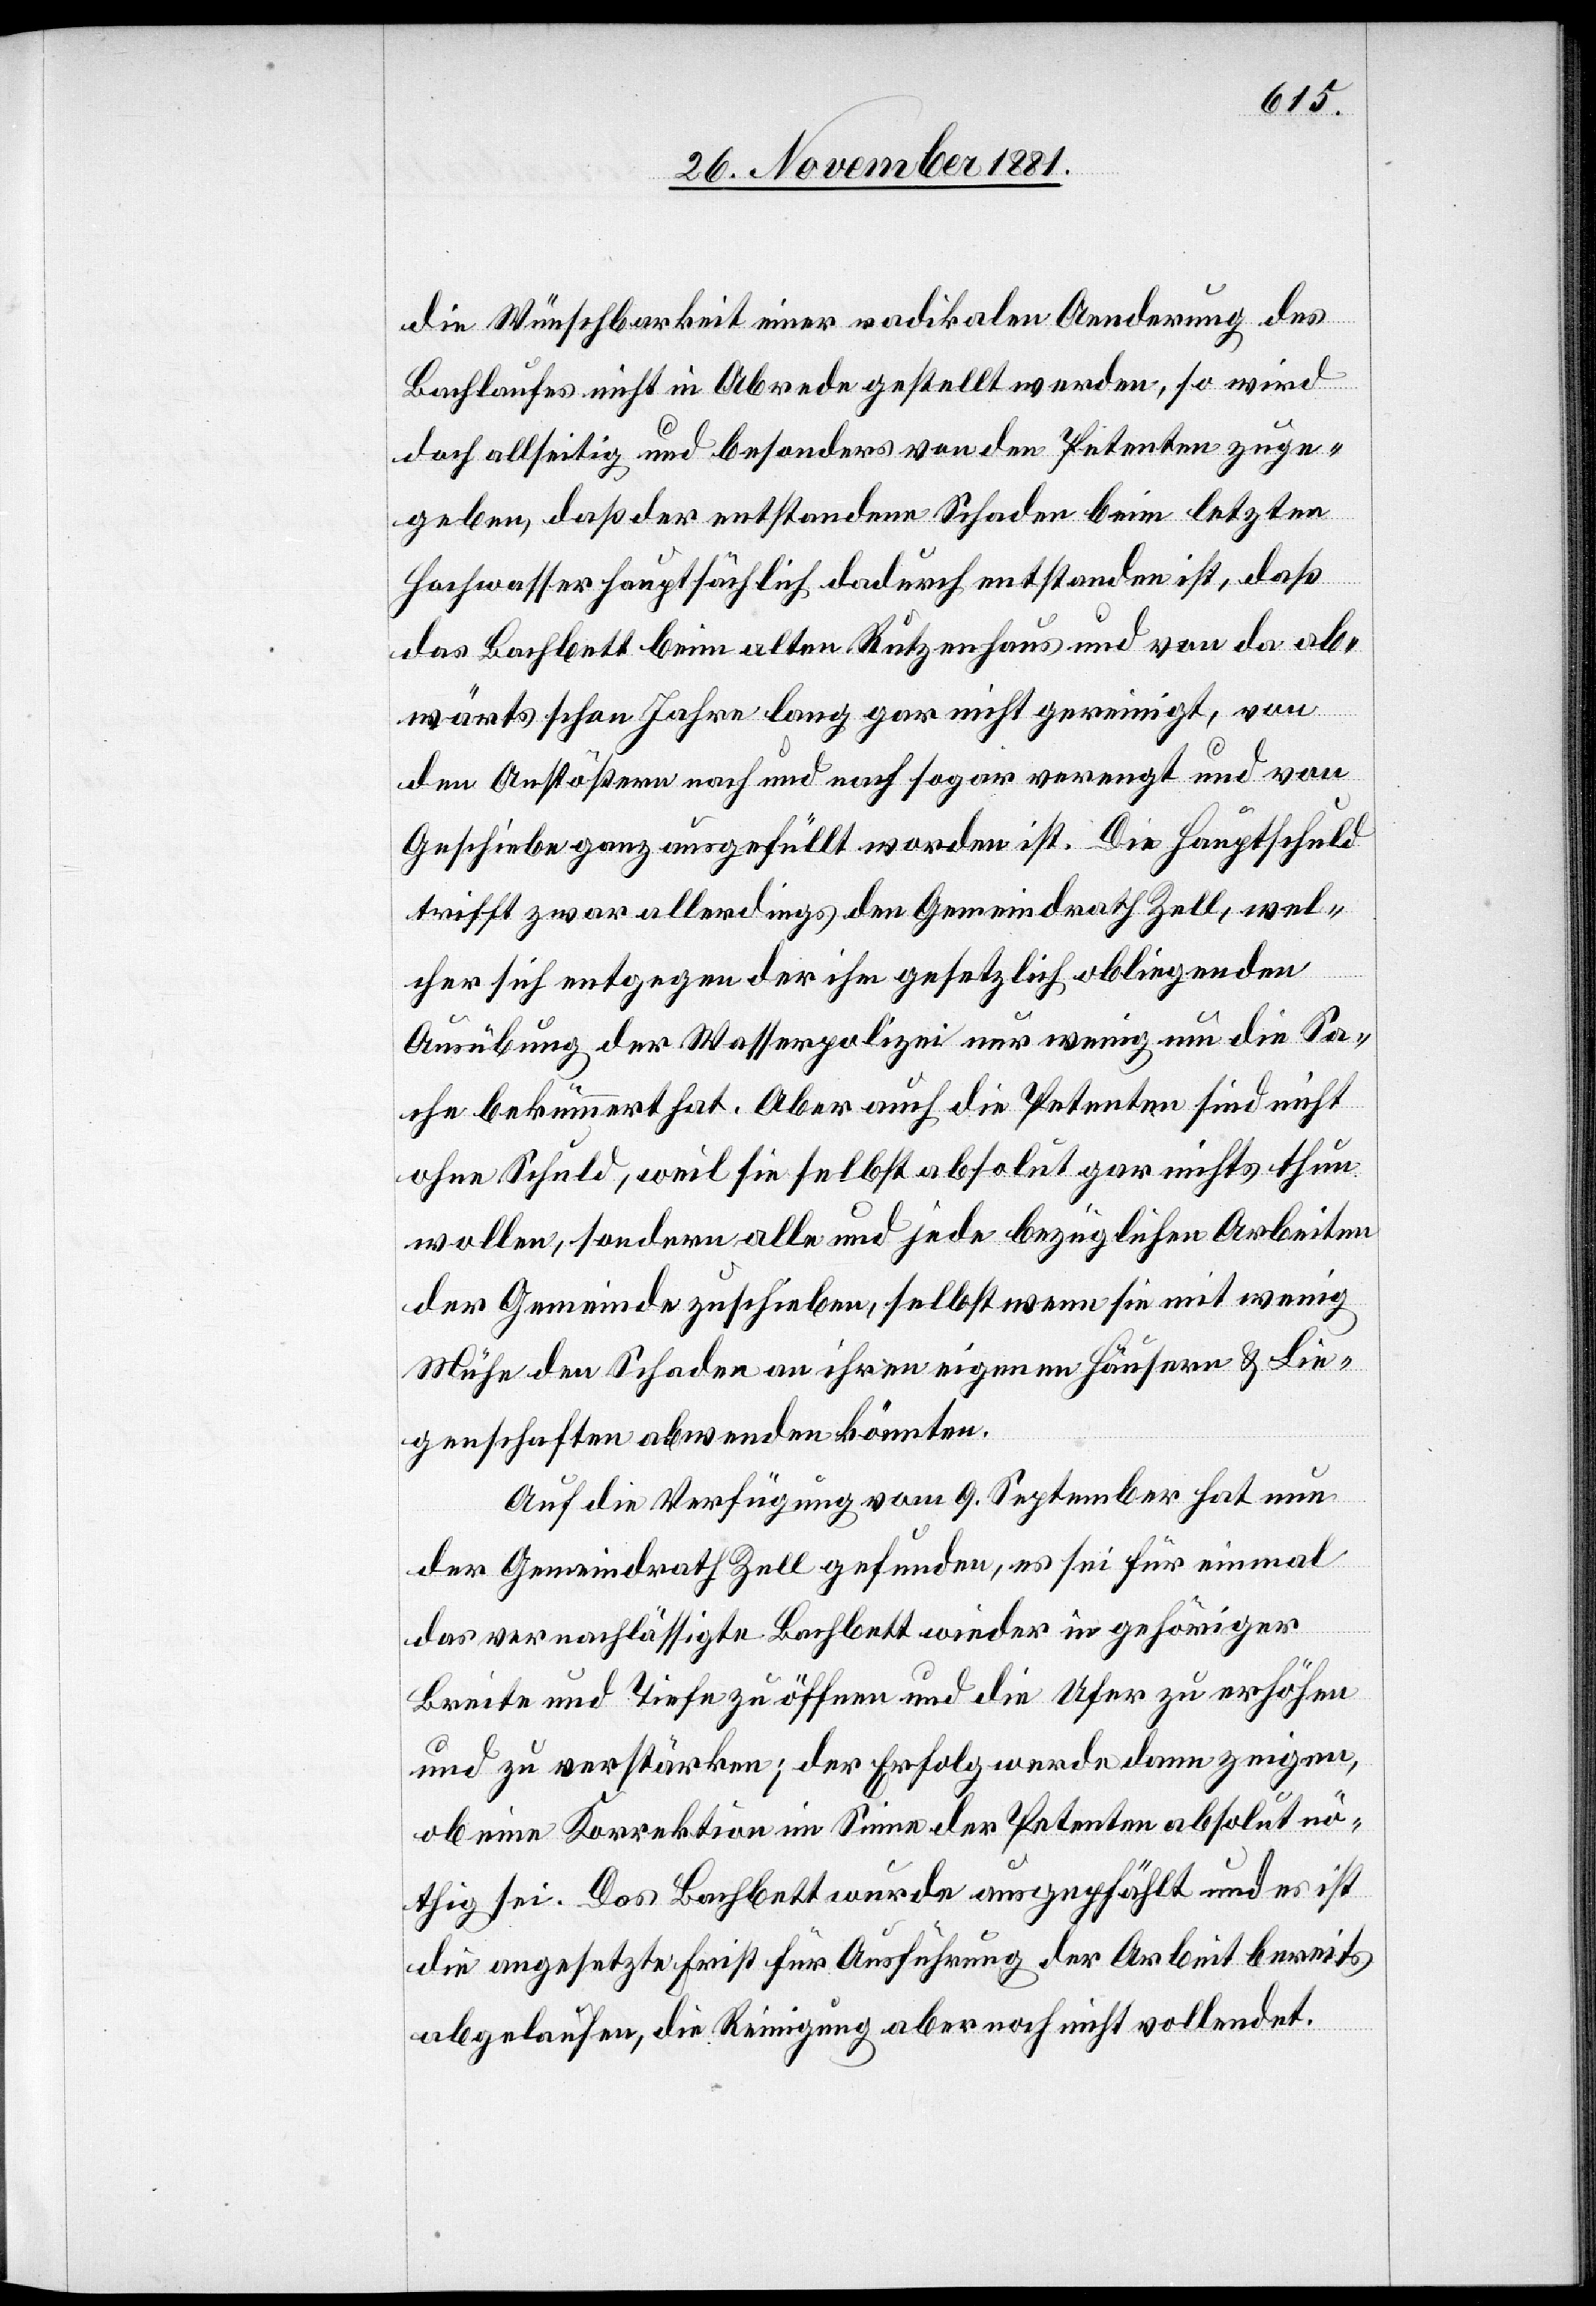
die Wünschbarkeit einer radikalen Aenderung des
Bachlaufes nicht in Abrede gestellt werden, so wird
doch allseitig und besonders von den Petenten zuge¬
geben, daß der entstandene Schaden beim letzten
Hochwasser hauptsächlich dadurch entstanden ist, daß
das Bachbett beim alten Rutzenhaus und von da ab¬
wärts schon Jahre lang gar nicht gereinigt, von
den Anstößern nach und nach sogar verengt und von
Geschiebe ganz ausgefüllt worden ist. Die Hauptschuld
trifft zwar allerdings den Gemeindrath Zell, wel¬
cher sich entgegen der ihm gesetzlich obliegenden
Ausübung der Wasserpolizei nur wenig um die Sa¬
che bekümmert hat. Aber auch die Petenten sind nicht
ohne Schuld, weil sie selbst absolut gar nichts thun
wollen, sondern alle und jede bezüglichen Arbeiten
der Gemeinde zuschieben, selbst wenn sie mit wenig
Mühe den Schaden an ihren eigenen Häusern & Lie¬
genschaften abwenden könnten.
Auf die Verfügung vom 9. September hat nun
der Gemeindrath Zell gefunden, es sei für einmal
das vernachlässigte Bachbett wieder in gehöriger
Breite und Tiefe zu öffnen und die Ufer zu erhöhen
und zu verstärken; der Erfolg werde dann zeigen,
ob eine Korrektion im Sinne der Petenten absolut nö¬
thig sei. Das Bachbett wurde ausgepfählt und es ist
die angesetzte Frist für Ausführung der Arbeit bereits
abgelaufen, die Reinigung aber noch nicht vollendet